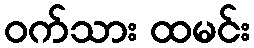
ဝက်သား ထမင်း